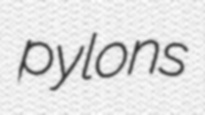
pylons